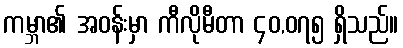
ကမ္ဘာ၏ အဝန်းမှာ ကီလိုမီတာ ၄၀,၀၇၅ ရှိသည်။